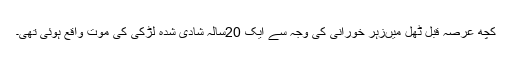
کچھ عرصہ قبل ٹھل میںزہر خورانی کی وجہ سے ایک 20سالہ شادی شدہ لڑکی کی موت واقع ہوئی تھی۔